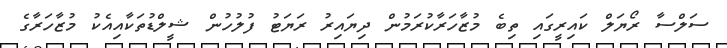
ސަލްސާ ރޯޔަލް ކައިރީގައި ތިބެ މުޒާހަރާކުރަމުން ދިޔައިރު ރަޔަޓު ފުލުހުން ޝީލްޑުތަކާއިއެކު މުޒާހަރާގެ